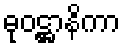
ဓုဝဋ္ဌာနိကာ